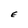
Character: E